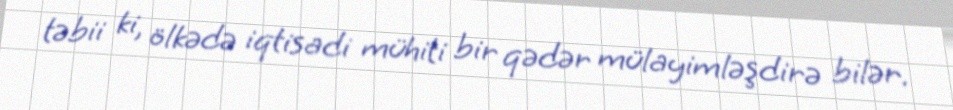
təbii ki, ölkədə iqtisadi mühiti bir qədər mülayimləşdirə bilər.